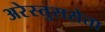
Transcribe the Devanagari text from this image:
अरेस्तुससेता